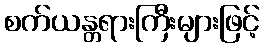
စက်ယန္တရားကြီးများဖြင့်